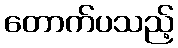
တောက်ပသည့်